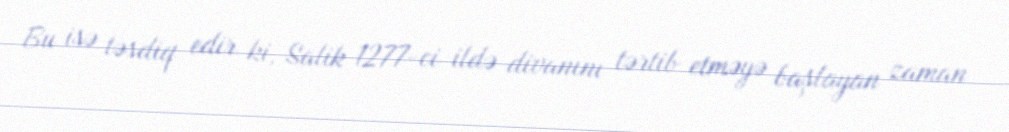
Bu isə təsdiq edir ki, Salik 1277-ci ildə divanını tərtib etməyə başlayan zaman